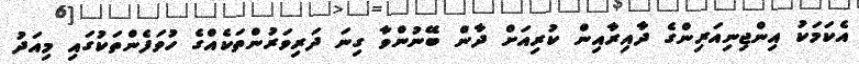
އެކަމަކު އިންޖިނިއަރިންގެ ދާއިރާއިން ކުރިއަށް ދާން ބޭނުންވާ ގިނަ ދަރިވަރުންތަކެއްގެ ހުވަފެންތަކުގައި މިއަދު